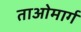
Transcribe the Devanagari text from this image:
ताओमार्ग